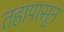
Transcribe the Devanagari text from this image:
तहापासून